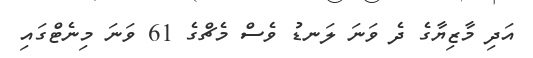
އަދި މާޒިޔާގެ ދެ ވަނަ ލަނޑު ވެސް މެޗްގެ 61 ވަނަ މިނެޓްގައި